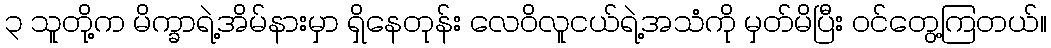
၃ သူတို့က မိက္ခာရဲ့အိမ်နားမှာ ရှိနေတုန်း လေဝိလူငယ်ရဲ့အသံကို မှတ်မိပြီး ဝင်တွေ့ကြတယ်။